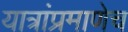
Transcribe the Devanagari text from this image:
यात्रांप्रमाणेच